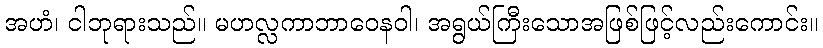
အဟံ၊ ငါဘုရားသည်။ မဟလ္လကာဘာဝေနဝါ၊ အရွယ်ကြီးသောအဖြစ်ဖြင့်လည်းကောင်း။